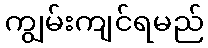
ကျွမ်းကျင်ရမည်